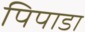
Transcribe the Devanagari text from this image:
पिपाडा